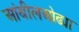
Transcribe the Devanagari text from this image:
आंबीलओढ्या